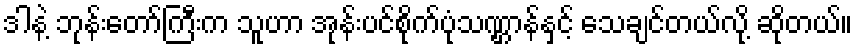
ဒါနဲ့ ဘုန်းတော်ကြီးက သူဟာ အုန်းပင်စိုက်ပုံသဏ္ဌာန်နှင့် သေချင်တယ်လို့ ဆိုတယ်။